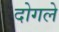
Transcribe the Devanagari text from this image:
दोगले